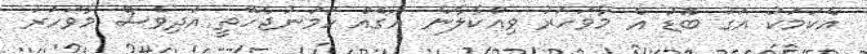
އެކަމަކު އަގު ބޮޑު އެ މާވަހަރު ވިއްކާލާނެ އަގެއް ހަމަނުޖެހޭތީ އަދިވެސް މާވަހަރު